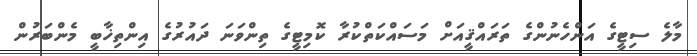
މާލެ ސިޓީގެ އަންހެނުންގެ ތަރައްޤީއަށް މަސައްކަތްކުރާ ކޮމިޓީގެ ތިންވަނަ ދައުރުގެ އިންތިޚާބީ މެންބަރުން